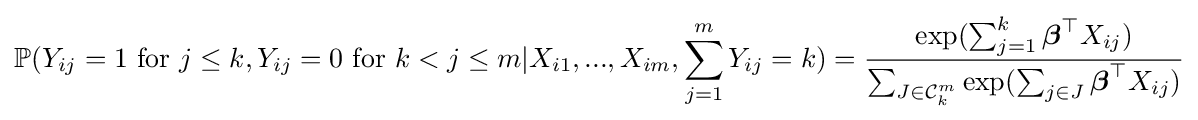
\mathbb {P} (Y_{ij}=1{\text{ for }}j\leq k,Y_{ij}=0{\text{ for }}k<j\leq m|X_{i1},...,X_{im},\sum _{j=1}^{m}Y_{ij}=k)={\frac {\exp(\sum _{j=1}^{k}{\boldsymbol {\beta }}^{\top }X_{ij})}{\sum _{J\in {\mathcal {C}}_{k}^{m}}\exp(\sum _{j\in J}{\boldsymbol {\beta }}^{\top }X_{ij})}}